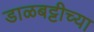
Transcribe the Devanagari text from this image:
डाळबट्टीच्या